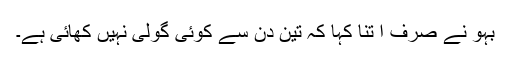
بہو نے صرف ا تنا کہا کہ تین دن سے کوئی گولی نہیں کھائی ہے۔